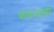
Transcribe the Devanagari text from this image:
कचऱ्याशी